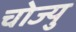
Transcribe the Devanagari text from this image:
चोज्यु